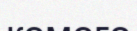
кемеге